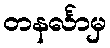
တနင်္လာမှ